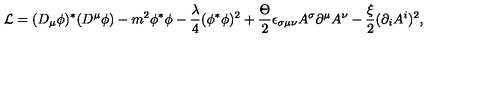
{ \cal L } = ( D _ { \mu } \phi ) ^ { * } ( D ^ { \mu } \phi ) - m ^ { 2 } \phi ^ { * } \phi - \frac \lambda 4 ( \phi ^ { * } \phi ) ^ { 2 } + \frac \Theta 2 \epsilon _ { \sigma \mu \nu } A ^ { \sigma } \partial ^ { \mu } A ^ { \nu } - \frac \xi 2 ( \partial _ { i } A ^ { i } ) ^ { 2 } ,